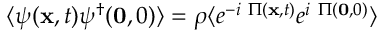
\langle \psi ( { \bf { x } } , t ) \psi ^ { \dagger } ( { \bf { 0 } } , 0 ) \rangle = \rho \langle e ^ { - i \mathrm { ~ } \Pi ( { \bf { x } } , t ) } e ^ { i \mathrm { ~ } \Pi ( { \bf { 0 } } , 0 ) } \rangle